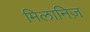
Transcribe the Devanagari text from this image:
मिलानिज़